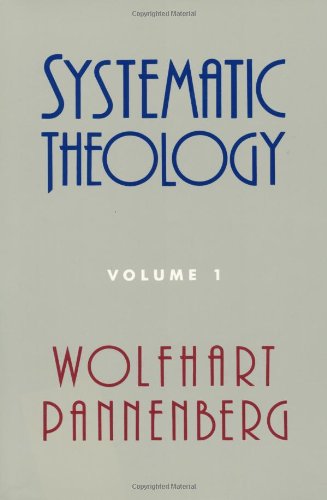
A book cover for Systematic Theology (Volume 1); Wolfhart Pannenberg; Christian Books & Bibles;